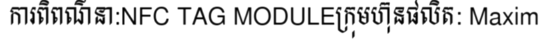
ការពិពណ៌នា:NFC TAG MODULEក្រុមហ៊ុនផលិត: Maxim